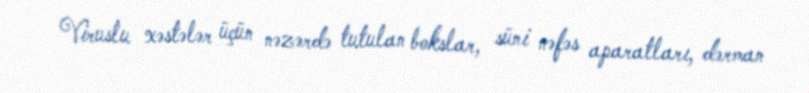
Viruslu xəstələr üçün nəzərdə tutulan bokslar, süni nəfəs aparatları, dərman